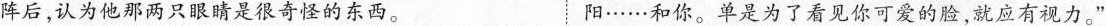
阵后，认为他那两只眼睛是很奇怪的东西。 阳……和你。单是为了看见你可爱的脸，就应有视力。”